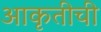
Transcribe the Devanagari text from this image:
आकृतीची